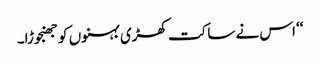
‘‘ اس نے ساکت کھڑی بہنوں کو جھنجوڑا۔